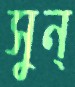
সুন্